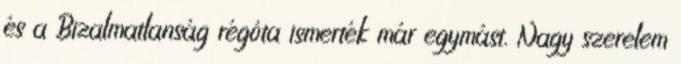
és a Bizalmatlanság régóta ismerték már egymást. Nagy szerelem